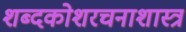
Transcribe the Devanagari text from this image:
शब्दकोशरचनाशास्त्र